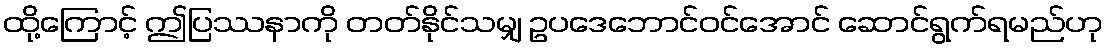
ထို့ကြောင့် ဤပြဿနာကို တတ်နိုင်သမျှ ဥပဒေဘောင်ဝင်အောင် ဆောင်ရွက်ရမည်ဟု